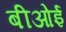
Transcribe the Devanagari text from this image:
बीओई